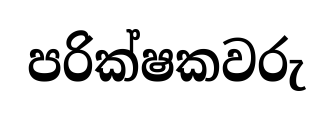
පරික්ෂකවරු